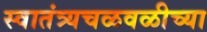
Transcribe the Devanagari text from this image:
स्वातंत्र्यचळवळीच्या